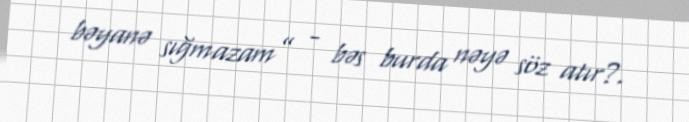
bəyanə sığmazam” - bəs burda nəyə söz atır?.